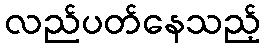
လည်ပတ်နေသည့်